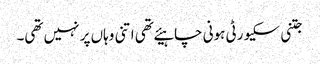
جتنی سکیورٹی ہونی چاہیئے تھی اتنی وہاں پر نہیں تھی۔